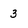
Character: 3